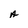
Character: A